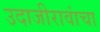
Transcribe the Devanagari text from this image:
उदाजीरावांचा